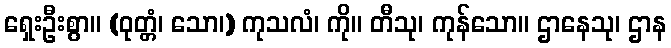
ရှေးဦးစွာ။ (ဝုတ္တံ၊ သော၊) ကုသလံ၊ ကို။ တီသု၊ ကုန်သော။ ဌာနေသု၊ ဌာန